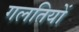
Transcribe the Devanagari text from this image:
गलतियों